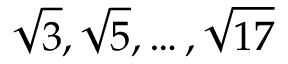
{ \sqrt { 3 } } , { \sqrt { 5 } } , \dots , { \sqrt { 1 7 } }